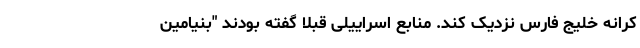
کرانه خلیج فارس نزدیک کند. منابع اسراییلی قبلا گفته بودند "بنیامین